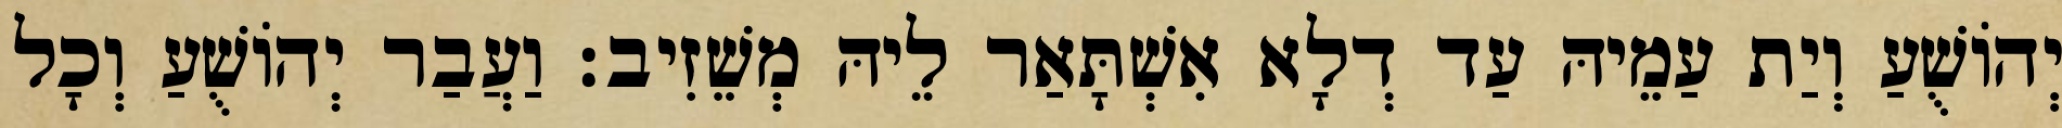
יְהוֹשֻׁעַ וְיַת עַמֵיהּ עַד דְלָא אִשְׁתָּאַר לֵיהּ מְשֵׁזִיב׃ וַעֲבַר יְהוֹשֻׁעַ וְכָל